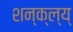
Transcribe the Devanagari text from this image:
शन्क्ल्य्